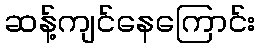
ဆန့်ကျင်နေကြောင်း